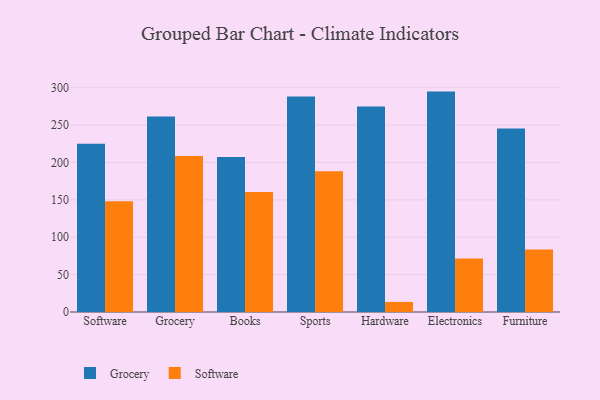
{"axis": {"x": "Category", "y": "Conversion Rate (%)"}, "legend": ["Grocery", "Software"], "data": [{"x": "Software", "y": 225.0, "type": "Grocery"}, {"x": "Software", "y": 148.3, "type": "Software"}, {"x": "Grocery", "y": 261.5, "type": "Grocery"}, {"x": "Grocery", "y": 208.5, "type": "Software"}, {"x": "Books", "y": 207.2, "type": "Grocery"}, {"x": "Books", "y": 160.5, "type": "Software"}, {"x": "Sports", "y": 288.3, "type": "Grocery"}, {"x": "Sports", "y": 188.3, "type": "Software"}, {"x": "Hardware", "y": 275.0, "type": "Grocery"}, {"x": "Hardware", "y": 13.5, "type": "Software"}, {"x": "Electronics", "y": 294.8, "type": "Grocery"}, {"x": "Electronics", "y": 71.7, "type": "Software"}, {"x": "Furniture", "y": 245.5, "type": "Grocery"}, {"x": "Furniture", "y": 83.7, "type": "Software"}]}